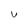
Character: u